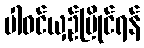
ပါဝင်ယှဉ်ပြိုင်ရန်